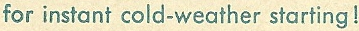
for instant cold-weather starting !